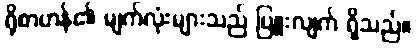
ရိုစာဟန်၏ မျက်လုံးများသည် ပြူးလျက် ရှိသည်။